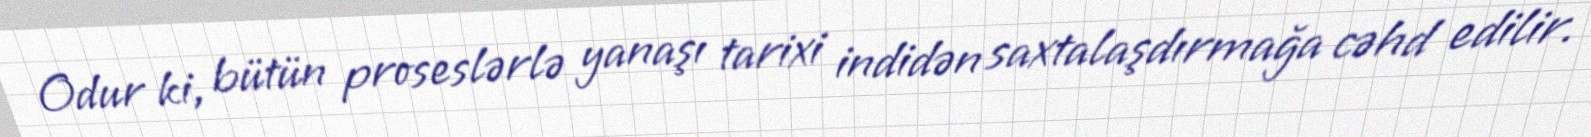
Odur ki, bütün proseslərlə yanaşı tarixi indidən saxtalaşdırmağa cəhd edilir.